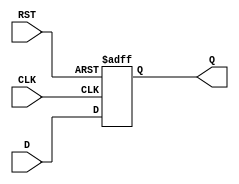
module IntermediateRegister #(
    parameter WIDTH = 8  // Parameter to define the width of the register
)(
    input  wire [WIDTH-1:0] D,    // Data input
    input  wire CLK,                // Clock input
    input  wire RST,                // Reset input
    output reg  [WIDTH-1:0] Q       // Data output
);

// Asynchronous reset and clocked storage
always @(posedge CLK or posedge RST) begin
    if (RST) begin
        Q <= {WIDTH{1'b0}};          // Clear the register to zero on reset
    end else begin
        Q <= D;                     // Capture data on clock edge
    end
end

endmodule